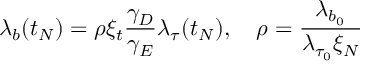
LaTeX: \lambda _ { b } ( t _ { N } ) = \rho \xi _ { t } \frac { \gamma _ { D } } { \gamma _ { E } } \lambda _ { \tau } ( t _ { N } ) , ~ ~ ~ \rho = \frac { \lambda _ { b _ { 0 } } } { \lambda _ { \tau _ { 0 } } \xi _ { N } }